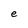
Character: e